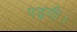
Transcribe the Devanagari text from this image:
पड़गी।